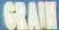
GRAIN